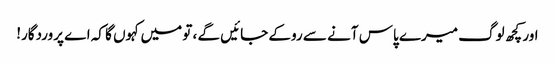
اور کچھ لوگ میرے پاس آنے سے روکے جائیں گے ، تو میں کہوں گا کہ اے پروردگار!